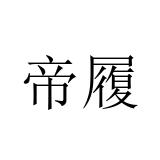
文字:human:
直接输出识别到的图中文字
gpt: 帝履